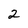
Character: 2